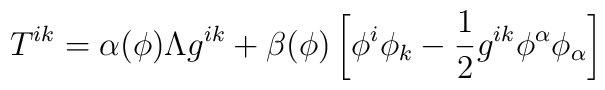
T^{ik} = \alpha(\phi) \Lambda g^{ik} + \beta(\phi) \left[ \phi^i\phi_k - \frac{1}{2} g^{ik} \phi^\alpha\phi_\alpha\right]